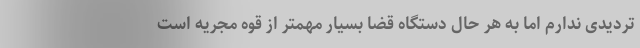
تردیدی ندارم اما به هر حال دستگاه قضا بسیار مهمتر از قوه مجریه است